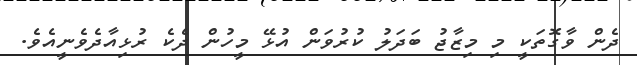
ދެން ވާގޮތަކީ މި މިޒާޖު ބަދަލު ކުރުުވަން އުޅޭ މީހުން ދެކެ ރުޅިއާދެވެނީއެވެ.